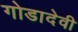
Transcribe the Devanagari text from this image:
गोडादेवी